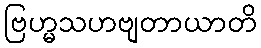
ဗြဟ္မသဟဗျတာယာတိ